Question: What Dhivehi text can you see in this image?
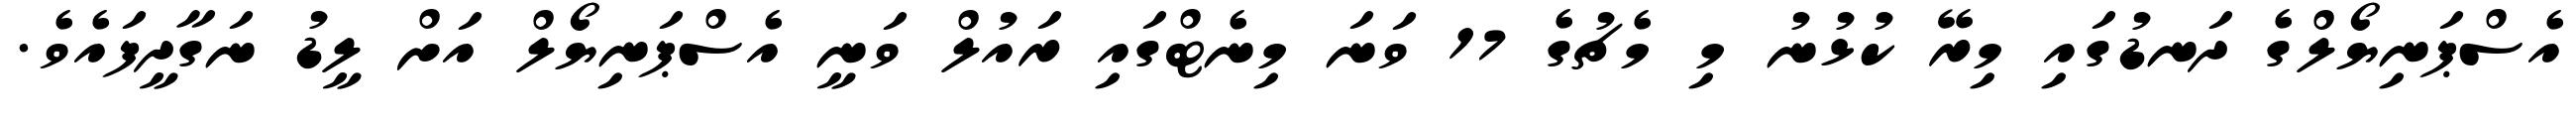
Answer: އެސްޕަނިޔޯލްގެ ދަނޑުގައި މިރޭ ކުޅުނު މި މެޗުގެ 17 ވަނަ މިނެޓްގައި ރައުލް ވަނީ އެސްޕަނިޔޯލް އަށް ލީޑު ނަގާދީފައެވެ.